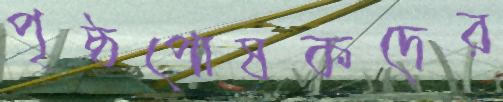
পৃষ্ঠপোষকদের